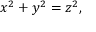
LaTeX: x ^ { 2 } + y ^ { 2 } = z ^ { 2 } ,